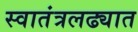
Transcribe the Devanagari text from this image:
स्वातंत्रलढ्यात